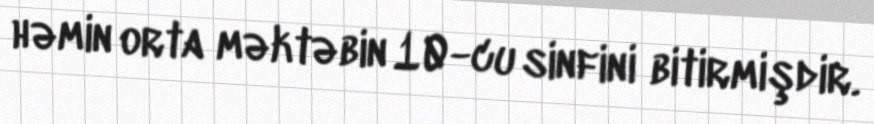
həmin orta məktəbin 10-cu sinfini bitirmişdir.